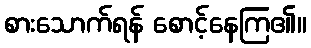
စားသောက်ရန် စောင့်နေကြ၏။